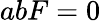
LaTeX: abF=0